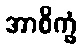
အာစိက္ခံ